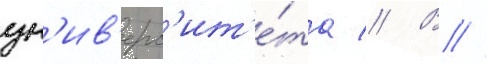
ун'ив'ерс'ит'е́та // В //